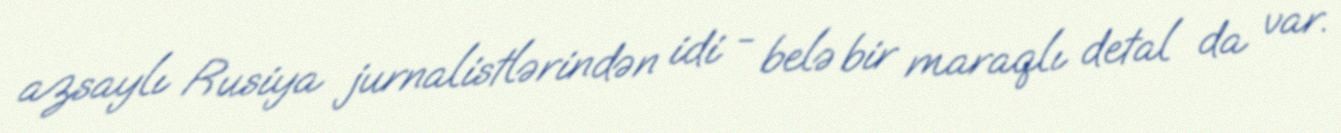
azsaylı Rusiya jurnalistlərindən idi - belə bir maraqlı detal da var.